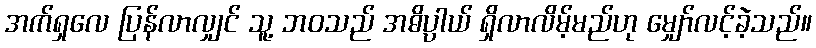
အက်ရှလေ ပြန်လာလျှင် သူ့ ဘဝသည် အဓိပ္ပာယ် ရှိလာလိမ့်မည်ဟု မျှော်လင့်ခဲ့သည်။